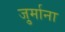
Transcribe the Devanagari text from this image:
जु्र्माना